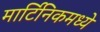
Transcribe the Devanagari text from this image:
मार्टिनिकमध्ये